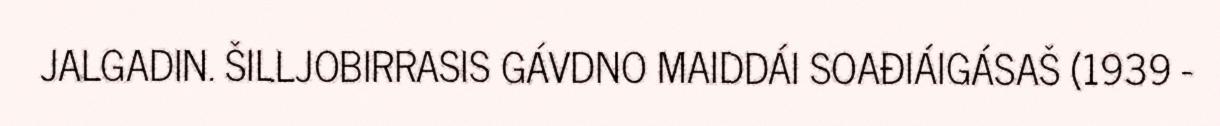
JALGADIN. ŠILLJOBIRRASIS GÁVDNO MAIDDÁI SOAĐIÁIGÁSAŠ (1939 -